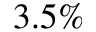
3 . 5 \%